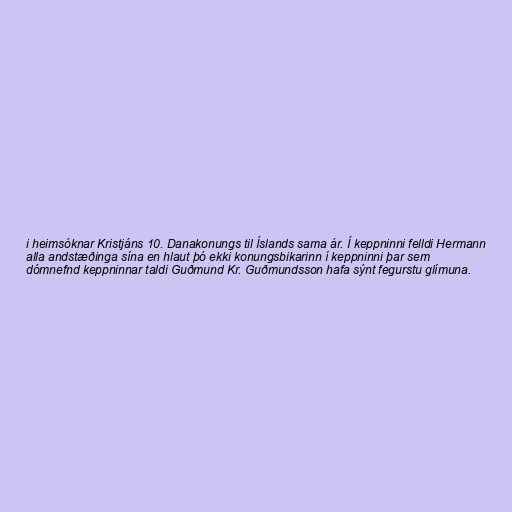
i heimsóknar Kristjáns 10. Danakonungs til Íslands sama ár. Í keppninni felldi Hermann
alla andstæðinga sína en hlaut þó ekki konungsbikarinn í keppninni þar sem
dómnefnd keppninnar taldi Guðmund Kr. Guðmundsson hafa sýnt fegurstu glímuna.